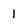
Character: 1